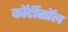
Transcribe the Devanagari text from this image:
कॉर्टीसॉल